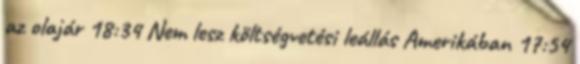
az olajár 18:34 Nem lesz költségvetési leállás Amerikában 17:54